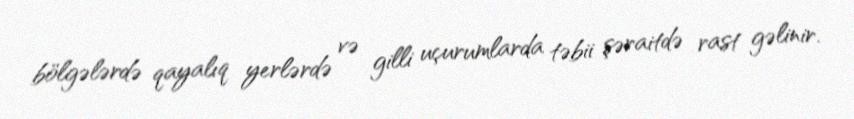
bölgələrdə qayalıq yerlərdə və gilli uçurumlarda təbii şəraitdə rast gəlinir.